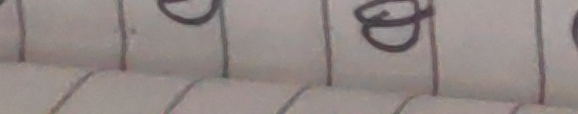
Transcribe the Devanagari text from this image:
छ